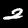
Label: 2